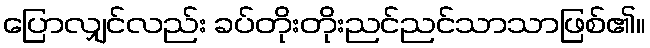
ပြောလျှင်လည်း ခပ်တိုးတိုးညင်ညင်သာသာဖြစ်၏။